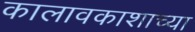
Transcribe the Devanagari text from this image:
कालावकाशाच्या